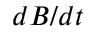
d B / d t